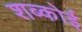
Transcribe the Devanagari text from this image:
शब्कोई